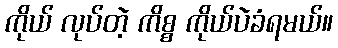
ကိုယ် လုပ်တဲ့ ကိစ္စ ကိုယ်ပဲခံရမယ်။